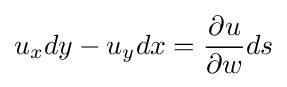
u_{x}dy-u_{y}dx={\frac {\partial u}{\partial w}}ds